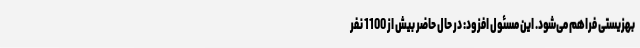
بهزیستی فراهم می‌شود. این مسئول افزود: در حال حاضر بیش از 1100 نفر